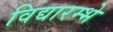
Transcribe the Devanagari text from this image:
विद्यारम्भे